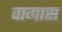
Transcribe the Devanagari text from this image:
वागास